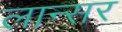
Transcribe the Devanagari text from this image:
लान्सर